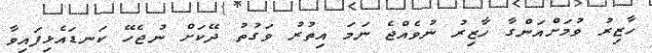
ހާޒިރު ވުމަށްއަންގާ ހާޒިރު ނުވެއްޖެ ނަމަ އިތުރު ވަގުތު ދޭކަށް ނުޖެހޭ ކަނޑައެޅިފައިވާ